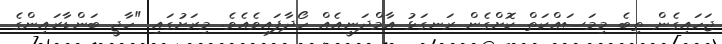
ޖަހައިގެން ތިބެ މިމަސައްކަތް ކޮށްގެން ރަނގަޅު އާމްދަނީއެއް ހޯދާފައިވެއެވެ. މިރަށުގައި "ހާޖީ ބަންޑާރައިންގެ